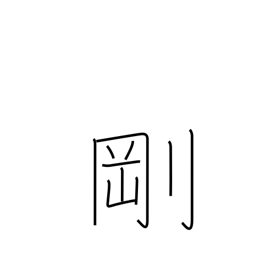
Meaning: sturdy